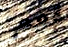
نعم